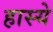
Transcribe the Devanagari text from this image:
हास्ये